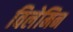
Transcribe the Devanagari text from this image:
विलेमिन